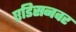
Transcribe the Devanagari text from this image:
एडिसनवर